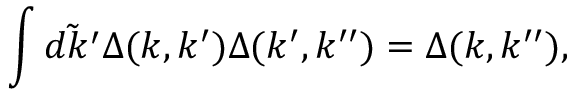
\int \tilde { d k ^ { \prime } } \Delta ( k , k ^ { \prime } ) \Delta ( k ^ { \prime } , k ^ { \prime \prime } ) = \Delta ( k , k ^ { \prime \prime } ) ,